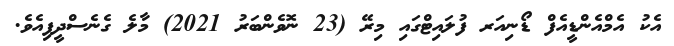
އެކު އެމްއެންޑީއެފް ޑޯނިއަރ ފުލައިޓްގައި މިރޭ (23 ނޮވެންބަރު 2021) މާލެ ގެނެސްދީފިއެވެ.